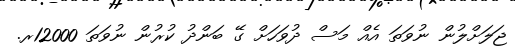
ޖަލަށްލުން ނުވަތަ އެއް މަސް ދުވަހަށް ގޭ ބަންދު ކުރުން ނުވަތަ 12000ރ.